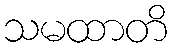
သမထာတိ